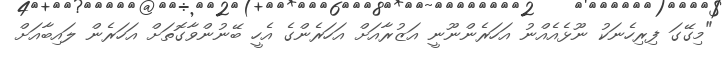
"މިގޭގަ ފިރިހެނަކު ނޫޅެއެއްނު އަހަރެންނޫނީ އަޒުރާއަށް އަހަރެންގެ އެހީ ބޭނުންވާގޮތަށް އަހަރެން ލައިބާއަށް